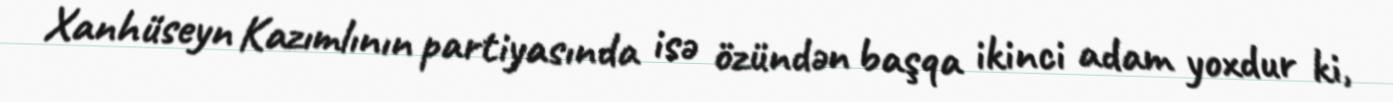
Xanhüseyn Kazımlının partiyasında isə özündən başqa ikinci adam yoxdur ki,